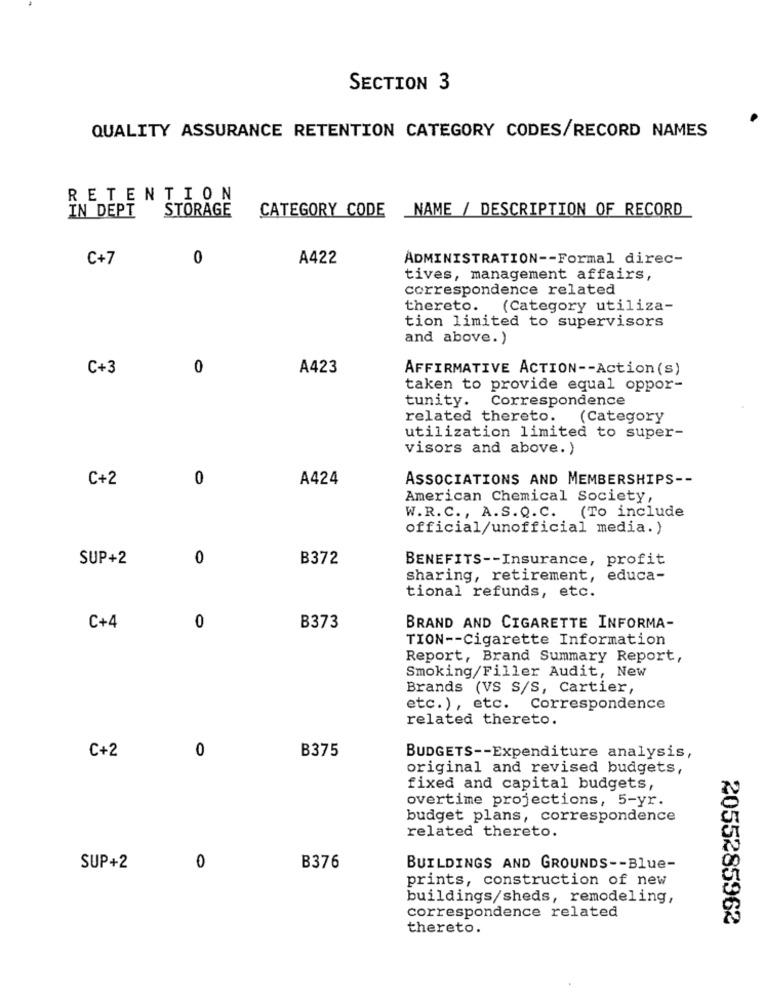
SECTION 3
QUALITY ASSURANCE RETENTION CATEGORY CODES/RECORD NAMES
RETENTION
STORAGE
CATEGORY CODE
_NAME / DESCRIPTION OF RECORD
IN DEPT
C+7
0
A422
ADMINISTRATION -- Formal direc-
tives, management affairs,
correspondence related
thereto. (Category utiliza-
tion limited to supervisors
and above.)
C+3
0
A423
AFFIRMATIVE ACTION -- Action (s)
taken to provide equal oppor-
tunity.
Correspondence
related thereto.
(Category
utilization limited to super-
visors and above. )
C+2
0
A424
ASSOCIATIONS AND MEMBERSHIPS --
American Chemical Society,
W.R.C ., A.S.Q.C. (To include
official/unofficial media.)
SUP+2
0
B372
BENEFITS -- Insurance, profit
sharing, retirement, educa-
tional refunds, etc.
C+4
0
B373
BRAND AND CIGARETTE INFORMA-
TION -- Cigarette Information
Report, Brand Summary Report,
Smoking/Filler Audit, New
Brands (VS S/S, Cartier,
etc.), etc. Correspondence
related thereto.
0
B375
C+2
BUDGETS -- Expenditure analysis,
original and revised budgets,
fixed and capital budgets,
overtime projections, 5-yr.
budget plans, correspondence
related thereto.
SUP+2
0
B376
BUILDINGS AND GROUNDS -- Blue-
prints, construction of new
buildings/sheds, remodeling,
correspondence related
2055285962
thereto.